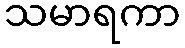
သမာရကာ